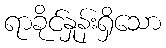
ရာခိုင်နှုန်းရှိသော